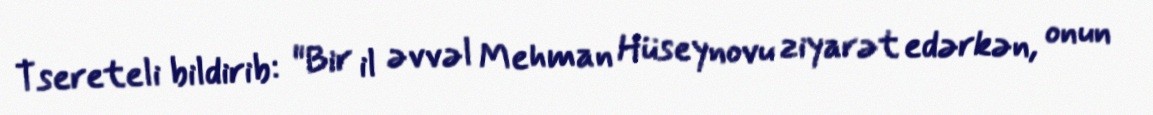
Tsereteli bildirib: "Bir il əvvəl Mehman Hüseynovu ziyarət edərkən, onun